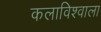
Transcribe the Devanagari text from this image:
कलाविश्वाला